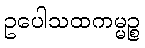
ဥပေါသထကမ္မဉ္စ